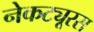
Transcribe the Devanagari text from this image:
नेकट्यूरस